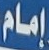
إمام